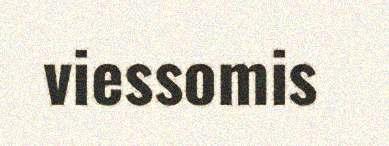
viessomis